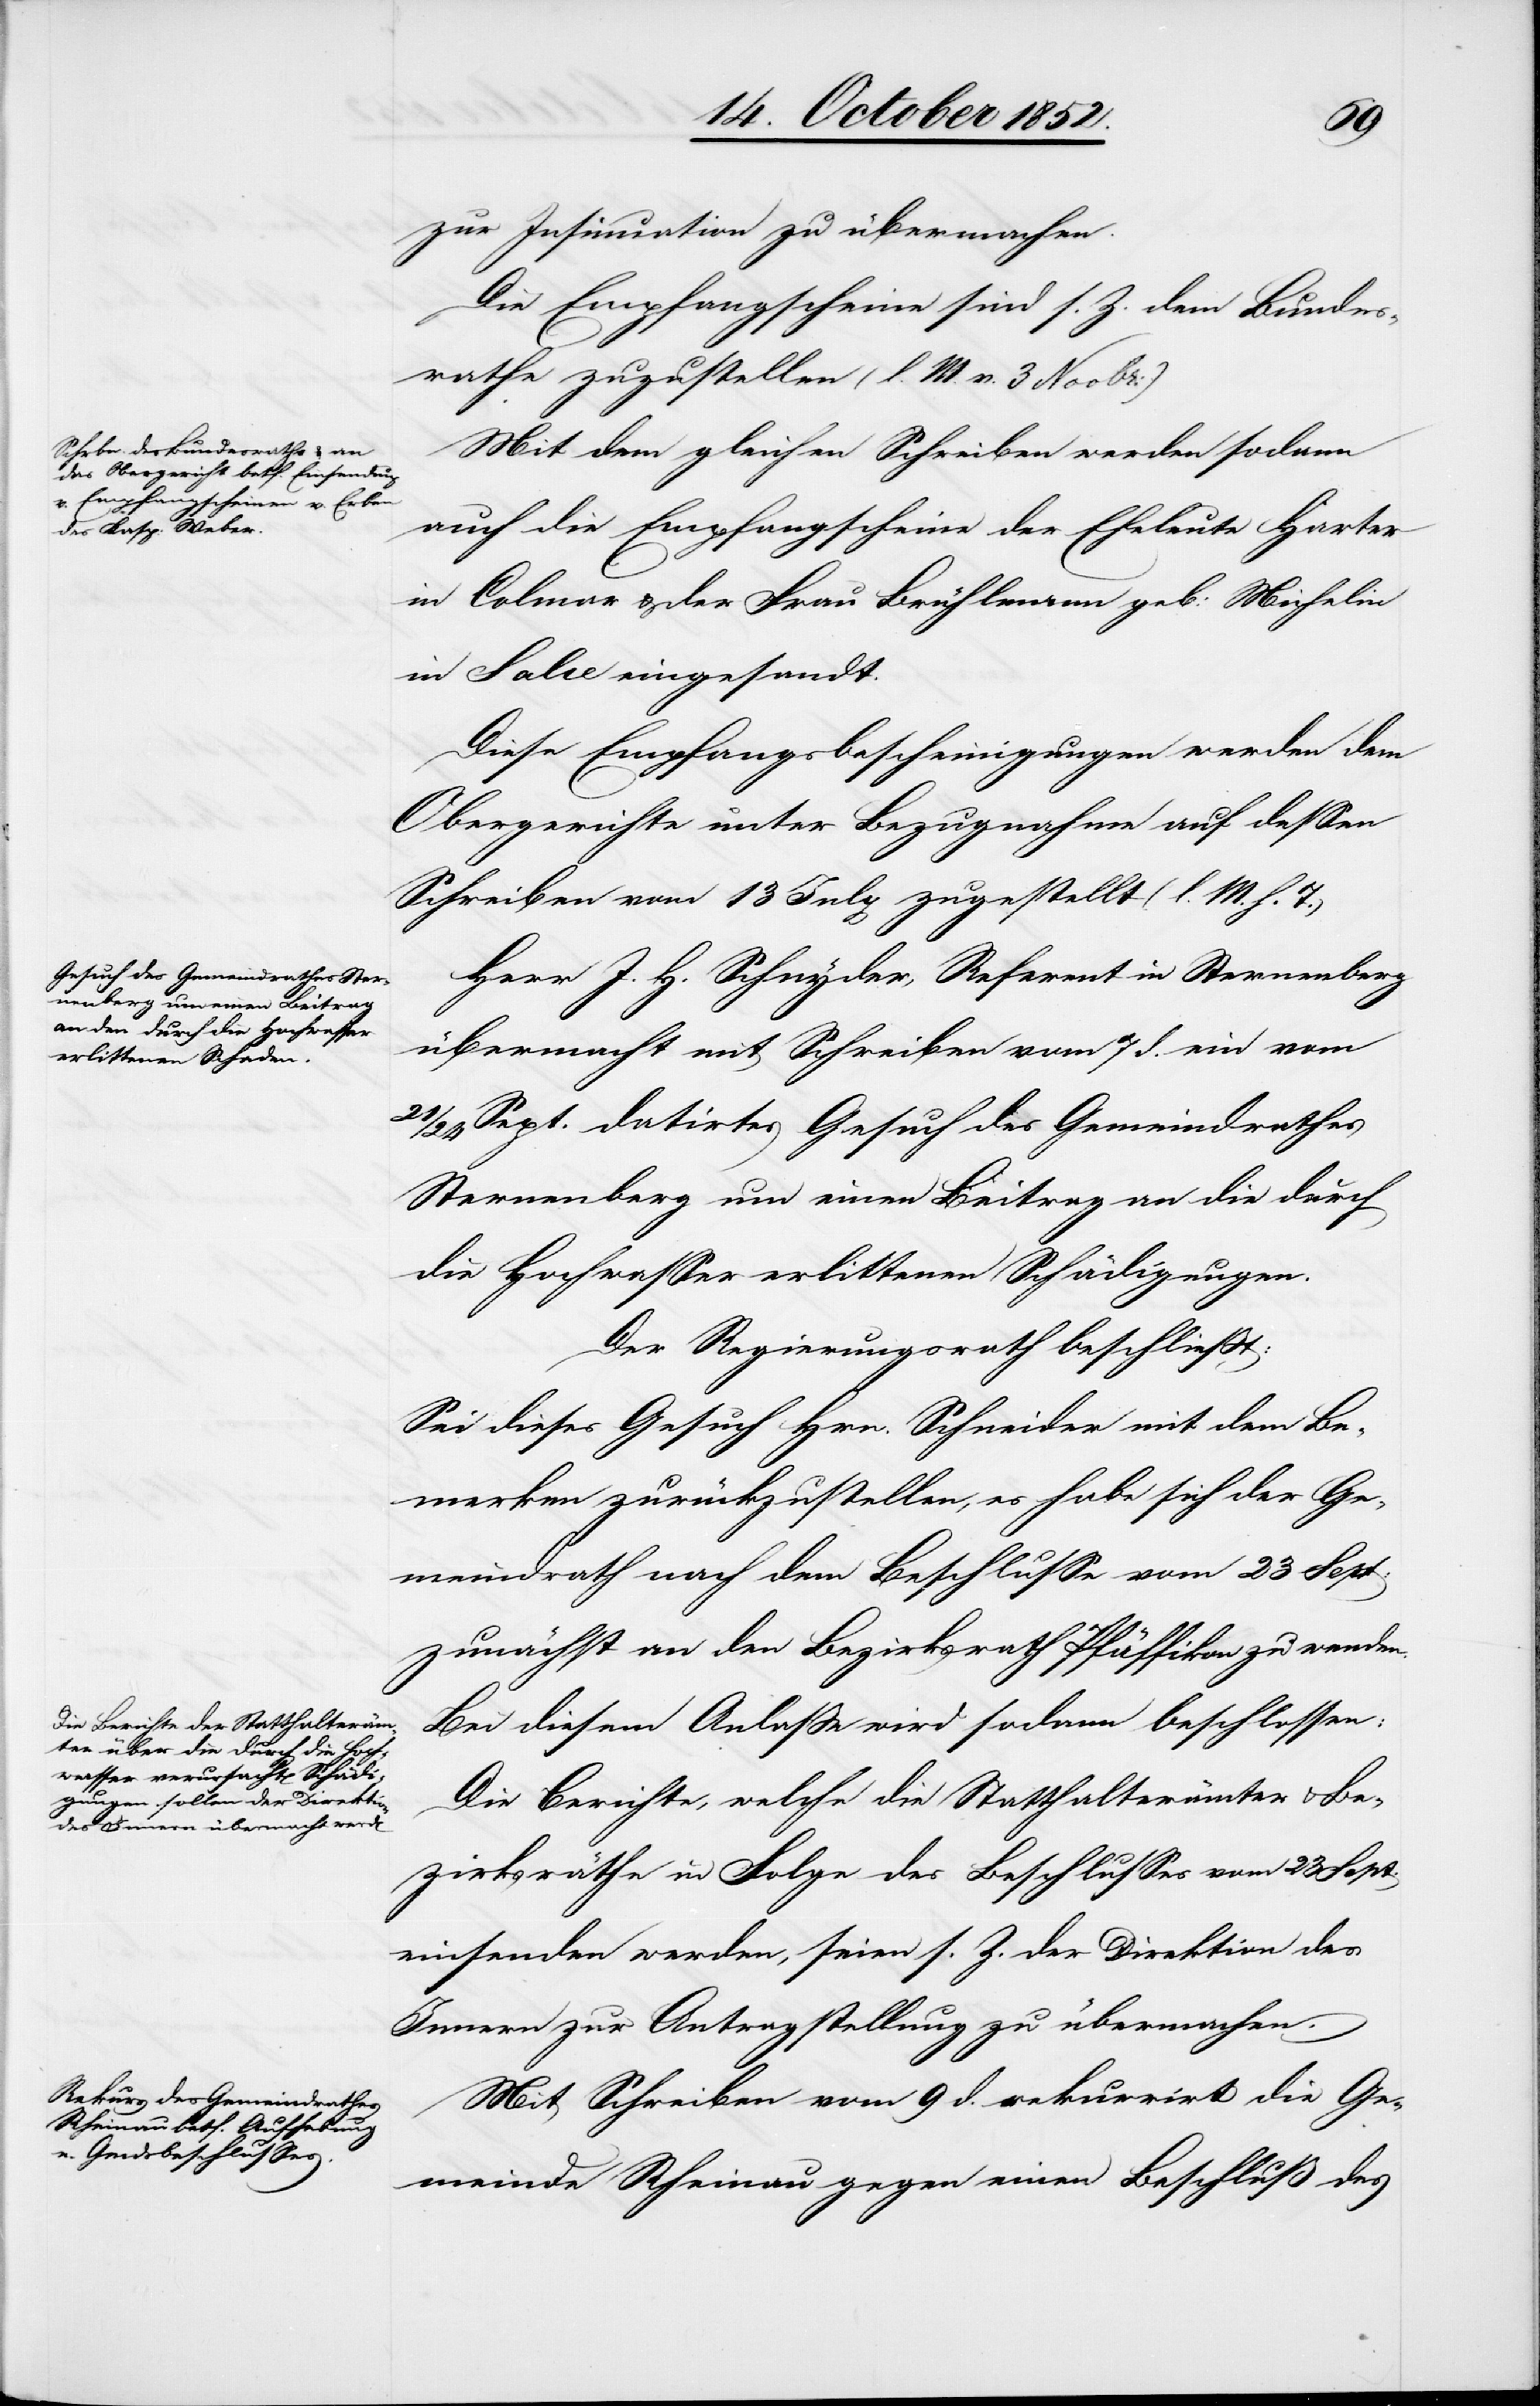
24
zur Insinuation zu übermachen.
Die Empfangscheine sind s. Z. dem Bundes¬
rathe zuzustellen (l. M. v. 3 Novbr:)[.]
Mit dem gleichen Schreiben werden sodann
auch die Empfangscheine der Eheleute Harter
in Colmar & der Frau Brühlmann geb: Michelin
in Salce eingesandt.
Diese Empfangsbescheinigungen werden dem
Obergerichte unter Bezugnahme auf dessen
Schreiben vom 13 July zugestellt (l. M. h. T.)
Herr J. H. Schnyder, Referent in Sternenberg
übermacht mit Schreiben vom 7 d. ein vom
Sept. datirtes Gesuch des Gemeindrathes
Sternenberg um einen Beitrag an die durch
die Hochwasser erlittenen Schädigungen.
Der Regierungsrath beschließt:
Sei dieses Gesuch Hrn. Schneider mit dem Be¬
merken zurückzustellen, es habe sich der Ge¬
meindrath nach dem Beschlusse vom 23 Sept:
zunächst an den Bezirksrath Pfäffikon zu wenden.
Bei diesem Anlaße wird sodann beschlossen:
Die Berichte, welche die Statthalterämter & Be¬
zirksräthe in Folge des Beschlusses vom 23 Sept:
einsenden werden, seien s. Z. der Direktion des
Innern zur Antragstellung zu übermachen.
Mit Schreiben vom 9 d. rekurrirt die Ge¬
meinde Rheinau gegen einen Beschluß des